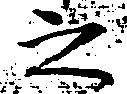
之